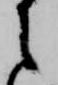
之